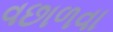
વછાળવા